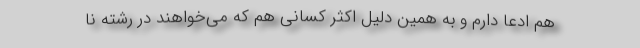
هم ادعا دارم و به همین دلیل اکثر کسانی هم که می‌خواهند در رشته نا